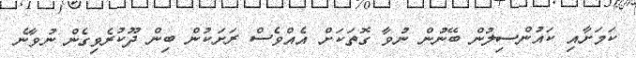
ކަމަށާއި ކައުންސިލުން ބޭނުން ނުވާ ގޮތަކަށް އެއްވެސް ރަށަކުން ބިން ދޫކުރެވިގެން ނުވާނެ